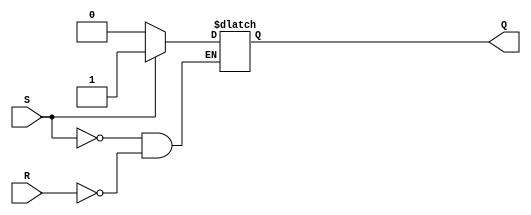
module sr_flipflop (input S, input R, output reg Q);

always @(S or R)
    if (S)
        Q <= 1;
    else if (R)
        Q <= 0;

endmodule